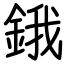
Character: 鋨